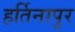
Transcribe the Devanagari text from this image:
हर्तिनापुर